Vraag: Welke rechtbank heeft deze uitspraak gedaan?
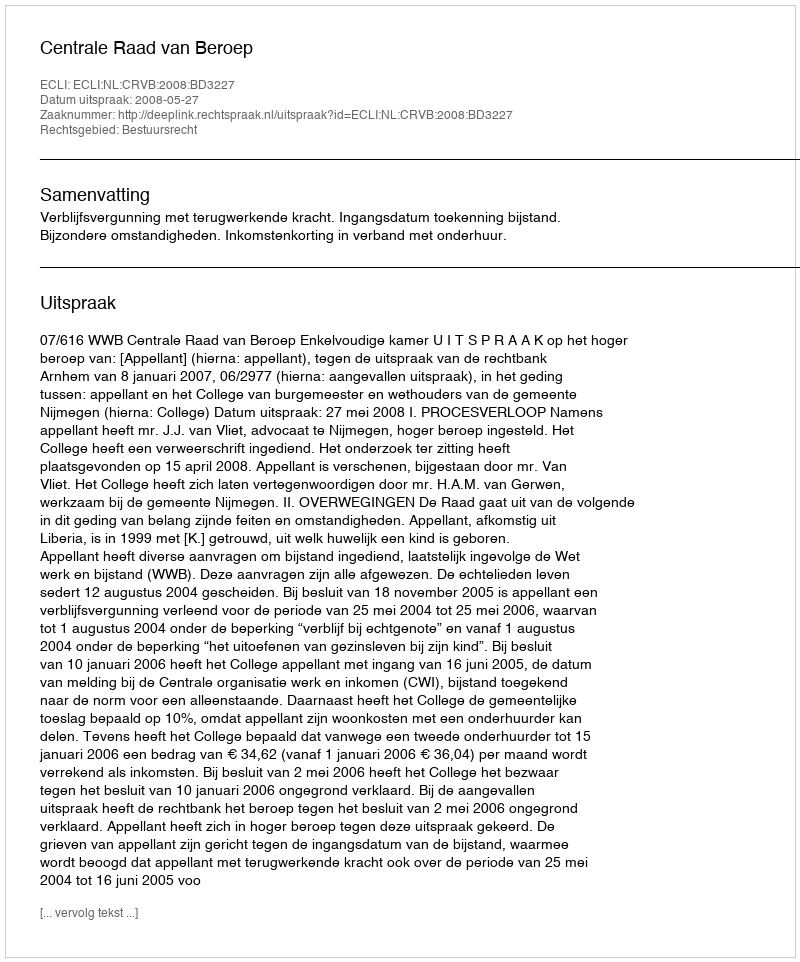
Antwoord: Centrale Raad van Beroep